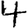
Digit: 4